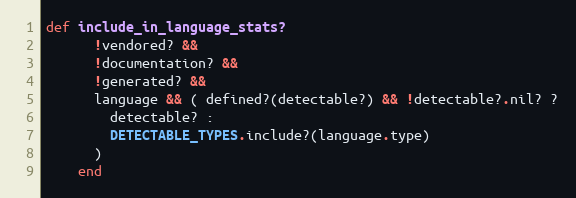
Language: Ruby
def include_in_language_stats?
      !vendored? &&
      !documentation? &&
      !generated? &&
      language && ( defined?(detectable?) && !detectable?.nil? ?
        detectable? :
        DETECTABLE_TYPES.include?(language.type)
      )
    end